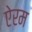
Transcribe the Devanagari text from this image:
ऐरम